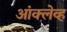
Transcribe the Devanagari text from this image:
आंक्लेव्ह